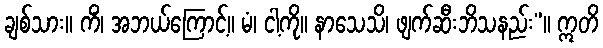
ချစ်သား။ ကိံ၊ အဘယ်ကြောင့်။ မံ၊ ငါ့ကို။ နာသေသိ၊ ဖျက်ဆီးဘိသနည်း”။ ဣတိ